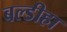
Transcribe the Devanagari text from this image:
बल्डीहा